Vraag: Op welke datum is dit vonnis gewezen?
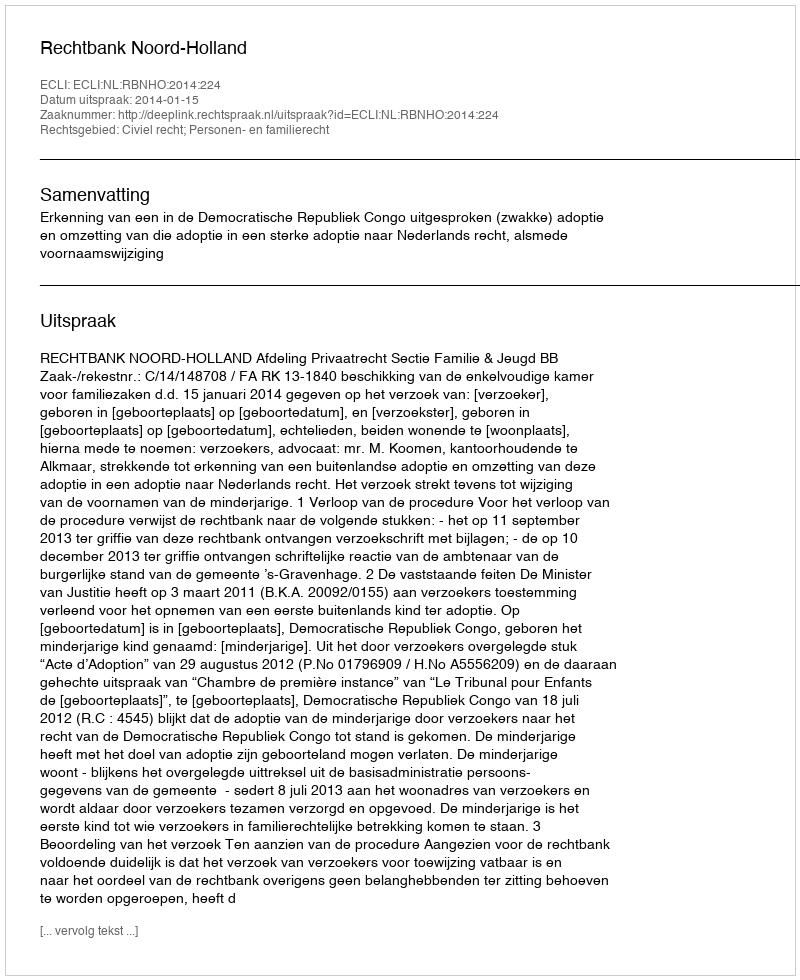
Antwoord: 2014-01-15